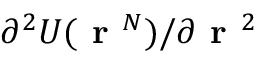
\partial ^ { 2 } U ( \textbf { r } ^ { N } ) / \partial \textbf { r } ^ { 2 }